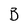
Character: B